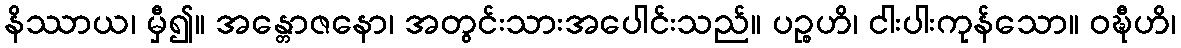
နိဿာယ၊ မှီ၍။ အန္တောဇနော၊ အတွင်းသားအပေါင်းသည်။ ပဉ္စဟိ၊ ငါးပါးကုန်သော။ ဝဍ္ဎီဟိ၊